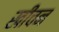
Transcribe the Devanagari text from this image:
खींचन